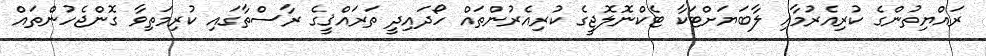
ރައްޔިތުންގެ ކުރިއެރުމާއި ލާބަޔަށްޓަކާ ޓެކްނޮލޮޖީގެ ކުރިއެރުންތައް ހޯދައިދީ ތަރައްޤީގެ ރާސްތާގައި ކުރިމަތިވާ ގޮންޖެހުންތައް